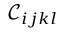
\mathcal { C } _ { i j k l }